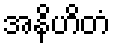
အနိဟိတံ